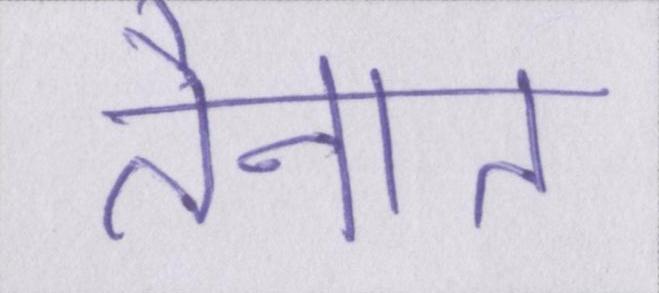
तैनात